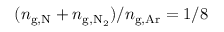
( n _ { \mathrm { g , N } } + n _ { \mathrm { g , N _ { 2 } } } ) / n _ { \mathrm { g , A r } } = 1 / 8